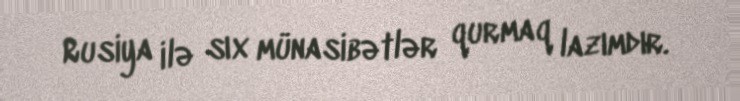
Rusiya ilə sıx münasibətlər qurmaq lazımdır.